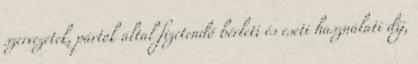
szervezetek, pártok által fizetendő bérleti és eseti használati díj,